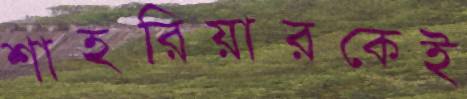
শাহরিয়ারকেই